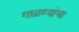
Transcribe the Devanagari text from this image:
गाळण्यांचा